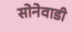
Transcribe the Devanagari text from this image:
सोनेवाडी